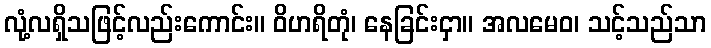
လုံ့လရှိသဖြင့်လည်းကောင်း။ ဝိဟရိတုံ၊ နေခြင်းငှာ။ အလမေဝ၊ သင့်သည်သာ